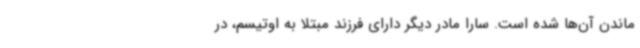
ماندن آن‌ها شده است. سارا مادر دیگر دارای فرزند مبتلا به اوتیسم، در